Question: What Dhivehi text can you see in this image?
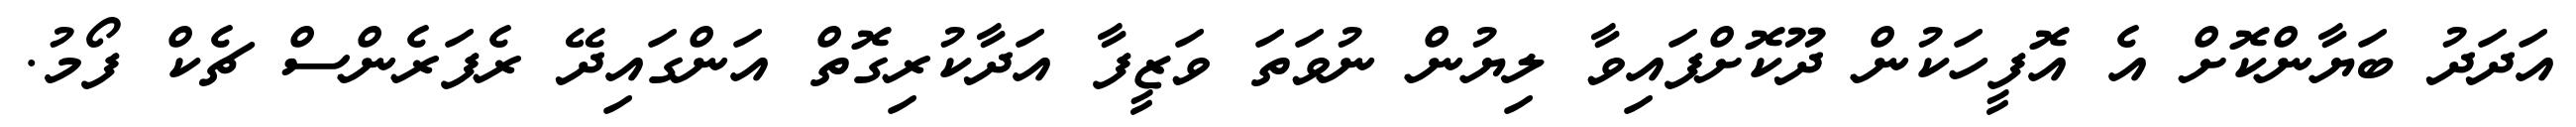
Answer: އަދަދު ބަޔާންކޮށް އެ އޮފީހަކުން ދޫކޮށްފައިވާ ލިޔުން ނުވަތަ ވަޒީފާ އަދާކުރިގޮތް އަންގައިދޭ ރެފަރެންސް ޗެކް ފޯމު.